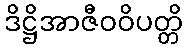
ဒိဋ္ဌိအာဇီဝဝိပတ္တိ